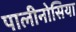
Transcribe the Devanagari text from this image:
पालीनोसिया